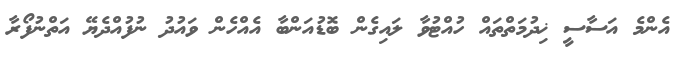
އެންމެ އަސާސީ ޚިދުމަތްތައް ހުއްޓުވާ ލައިގެން ބޮޑުއަންބާ އެއްހެން ވައުދު ނުފުއްދެޔޭ އަތްނުފޯރާ